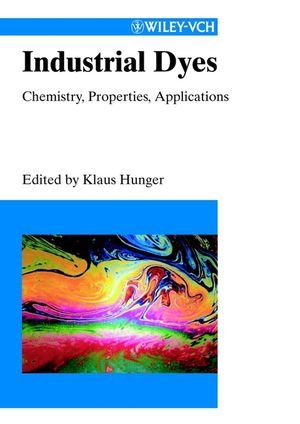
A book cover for Industrial Dyes: Chemistry, Properties, Applications; Science & Math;